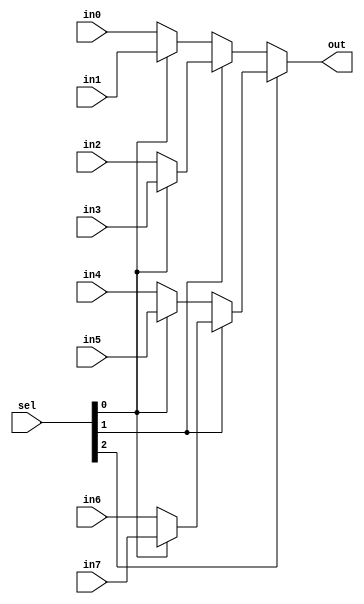

module mux8_1(in0, in1, in2, in3, in4, in5, in6, in7, out, sel);

parameter OPERAND_WIDTH = 16;
input [OPERAND_WIDTH -1:0] in0, in1, in2, in3, in4, in5, in6, in7;
output [OPERAND_WIDTH -1:0] out;
input [2:0] sel;

assign out = sel[2] ? ( sel[1] ? ( sel[0] ? (in7) : (in6) ) : ( sel[0] ? (in5) : (in4) ) ) : ( ( sel[1] ? ( sel[0] ? (in3) : (in2) ) : ( sel[0] ? (in1) : (in0) ) ) );

endmodule